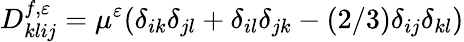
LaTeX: D_{klij}^{f,\varepsilon}=\mu^{\varepsilon}(\delta_{ik}\delta_{jl}+\delta_{il}\delta_{jk}-(2/3)\delta_{ij}\delta_{kl})